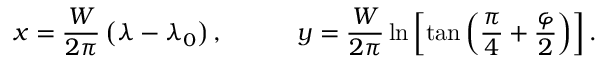
x = { \frac { W } { 2 \pi } } \left( \lambda - \lambda _ { 0 } \right) , \qquad \quad y = { \frac { W } { 2 \pi } } \ln \left[ \tan \left( { \frac { \pi } { 4 } } + { \frac { \varphi } { 2 } } \right) \right] .